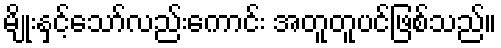
မျိုးနှင့်သော်လည်းကောင်း အတူတူပင်ဖြစ်သည်။